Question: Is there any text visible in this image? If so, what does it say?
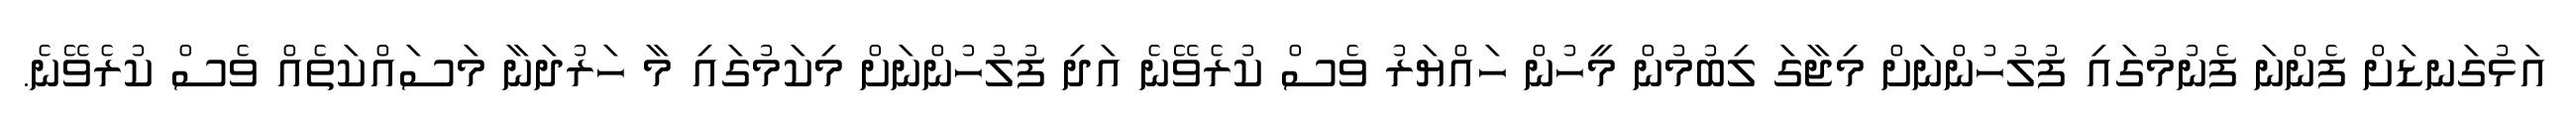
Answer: އަޅުގަނޑަށް ފެންނަ ފެނުމުގައި ފުލުހުންނަށް މިޖާގަ ލިބުމުން މީހުން ހައްޔަރު ވެސް ކުރެވޭނެ އަދި ފުލުހުންނަށް މިކަމުގައި މާ ހަރުދަނާ މަސައްކަތެއް ވެސް ކުރެވޭނެ.